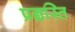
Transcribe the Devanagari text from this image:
प्रज्ञस्ति